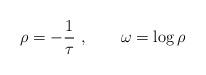
LaTeX: \begin{align*}\rho= -{1\over \tau}\ , \qquad \omega = \log \rho\end{align*}